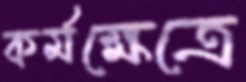
কর্মক্ষেত্রে